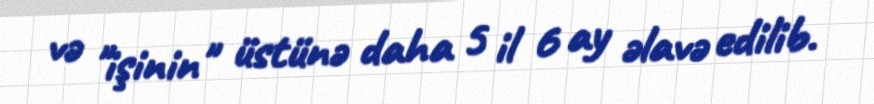
və "işinin" üstünə daha 5 il 6 ay əlavə edilib.